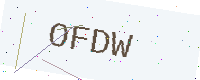
Text: OFDW